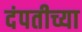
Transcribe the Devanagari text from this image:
दंपतीच्या